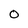
Character: O